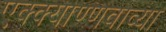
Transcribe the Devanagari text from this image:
एक्क्याण्णवाव्या